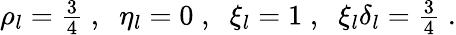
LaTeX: \begin{array}{r}{\rho_{l}={\frac{3}{4}}\; ,\; \; \eta_{l}=0\; ,\; \; \xi_{l}=1\; ,\; \; \xi_{l}\delta_{l}={\frac{3}{4}}\; .}\end{array}